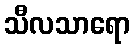
သီလသာရော